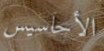
الأحاسيس